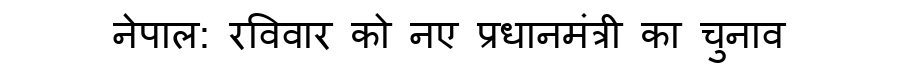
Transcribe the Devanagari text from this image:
नेपाल: रविवार को नए प्रधानमंत्री का चुनाव